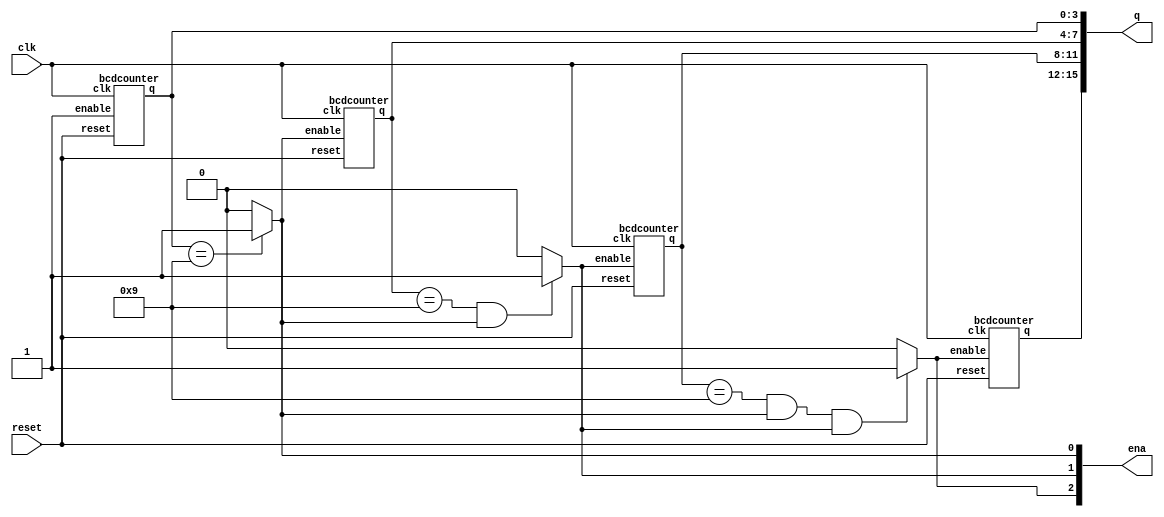
//4

module top_module (
    input clk,
    input reset,   // Synchronous active-high reset
    output [3:1] ena,
    output [15:0] q);



    assign ena[1] = (q[3:0] == 4'd9) ? 1 : 0;
    assign ena[2] = (q[7:4] == 4'd9 & ena[1]) ? 1 : 0;
    assign ena[3] = (q[11:8] == 4'd9 & ena[1] & ena[2]) ? 1 : 0;

    bcdcounter q0(
        .clk(clk),
        .reset(reset),
        .enable(1'b1),
        .q(q[3:0])
    );

    bcdcounter q1(
        .clk(clk),
        .reset(reset),
        .enable(ena[1]),
        .q(q[7:4])
    );
    
    bcdcounter q2(
        .clk(clk),
        .reset(reset),
        .enable(ena[2]),
        .q(q[11:8])
    );
    
    bcdcounter q3(
        .clk(clk),
        .reset(reset),
        .enable(ena[3]),
        .q(q[15:12])
    );
endmodule


module bcdcounter(
    input clk, reset, enable,
    output reg [3:0] q
);
    always@(posedge clk)begin
        if(reset)
            q <= 0;
        else if(enable)
            if(q == 4'd9)
                q <= 0;
            else
                q <= q + 1;
    end

endmodule